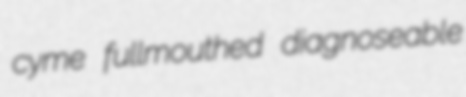
cyme fullmouthed diagnoseable